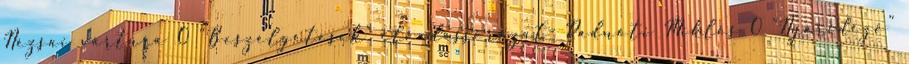
Nézsai vártúra 0 “Beszélgetések” előadássorozat- Radnóti Miklós 0 “Nyáridéző”